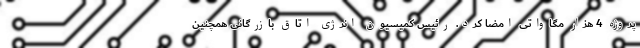
پروژه 4 هزار مگاواتی امضا کرد. رئیس کمیسیون انرژی اتاق بازرگانی همچنین